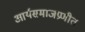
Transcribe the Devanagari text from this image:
आर्यसमाजप्रणीत